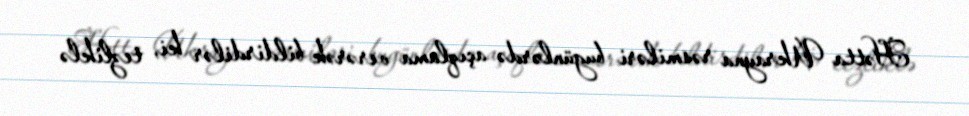
Hətta Ukrayna rəsmiləri bugünlərdə açıqlama verərək bildirdilər ki, tezliklə